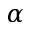
\alpha